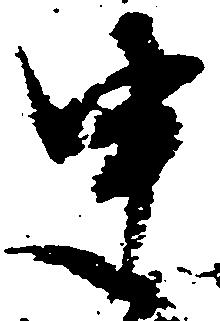
申